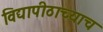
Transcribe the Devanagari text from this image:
विद्यापीठाच्याच